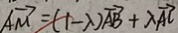
\overrightarrow { A M } = ( 1 - \lambda ) \overrightarrow { A B } + \lambda \overrightarrow { A C }